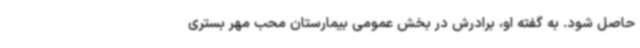
حاصل شود. به گفته او، برادرش در بخش عمومی بیمارستان محب مهر بستری